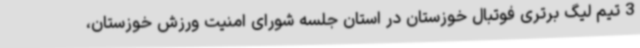
3 تیم لیگ برتری فوتبال خوزستان در استان جلسه شورای امنیت ورزش خوزستان،